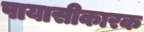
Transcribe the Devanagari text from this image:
पायासीकारक